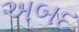
અબદ